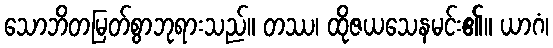
သောဘိတမြတ်စွာဘုရားသည်။ တဿ၊ ထိုဇယသေနမင်း၏။ ယာဂံ၊